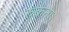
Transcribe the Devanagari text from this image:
रुकना।